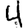
Digit: 4